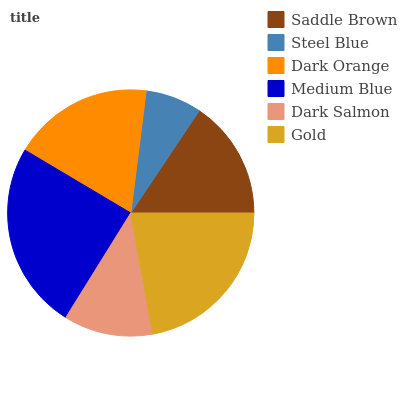
| Saddle Brown | Steel Blue | Dark Orange | Medium Blue | Dark Salmon | Gold |
 | --- | --- | --- | --- | --- | --- |
 | 15.6% | 7.39% | 18.5% | 24.7% | 11.7% | 22.1% |